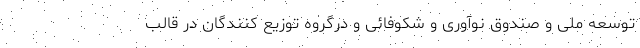
توسعه ملی و صندوق نوآوری و شکوفائی و درگروه توزیع کنندگان در قالب